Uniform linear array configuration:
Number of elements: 32
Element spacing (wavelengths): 0.25
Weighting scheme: hamming
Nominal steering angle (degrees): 0
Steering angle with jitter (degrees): -1.4
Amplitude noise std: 0.05
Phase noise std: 0.05

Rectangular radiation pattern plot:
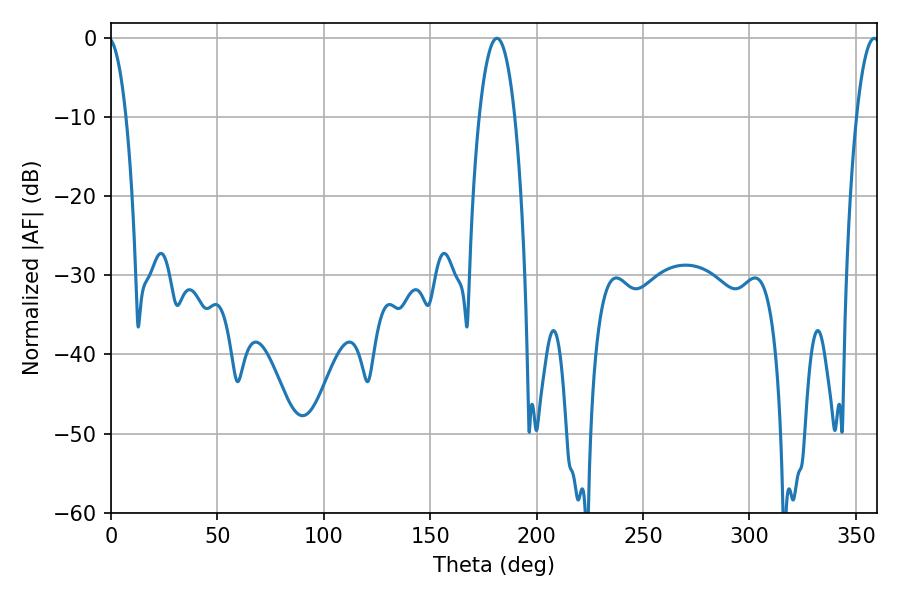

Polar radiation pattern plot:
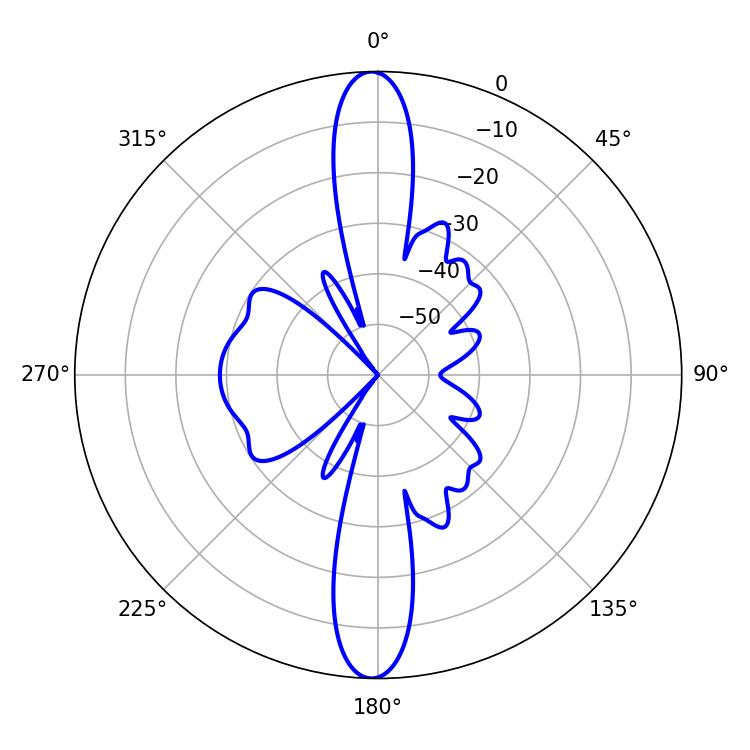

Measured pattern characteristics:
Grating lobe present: FALSE
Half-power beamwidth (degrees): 9.18
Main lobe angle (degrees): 181.26